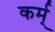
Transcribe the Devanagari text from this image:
कर्म्